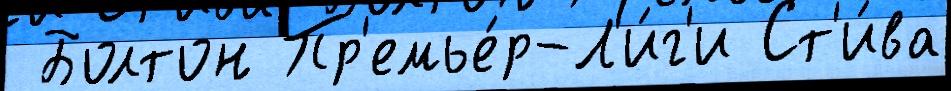
 Болтон Пр'емье́р-Л'и́г'и Ст'и́ва